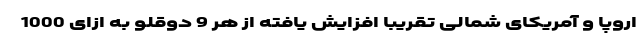
اروپا و آمریکای شمالی تقریبا افزایش یافته از هر 9 دوقلو به ازای 1000